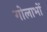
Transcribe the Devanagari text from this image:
गोलाभों